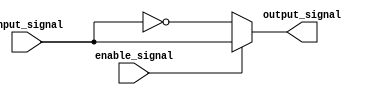
module active_low_buffer (
    input wire input_signal,
    input wire enable_signal,
    output reg output_signal
);

always @* begin
    if (enable_signal == 0) begin
        output_signal = ~input_signal;
    end else begin
        output_signal = input_signal;
    end
end

endmodule